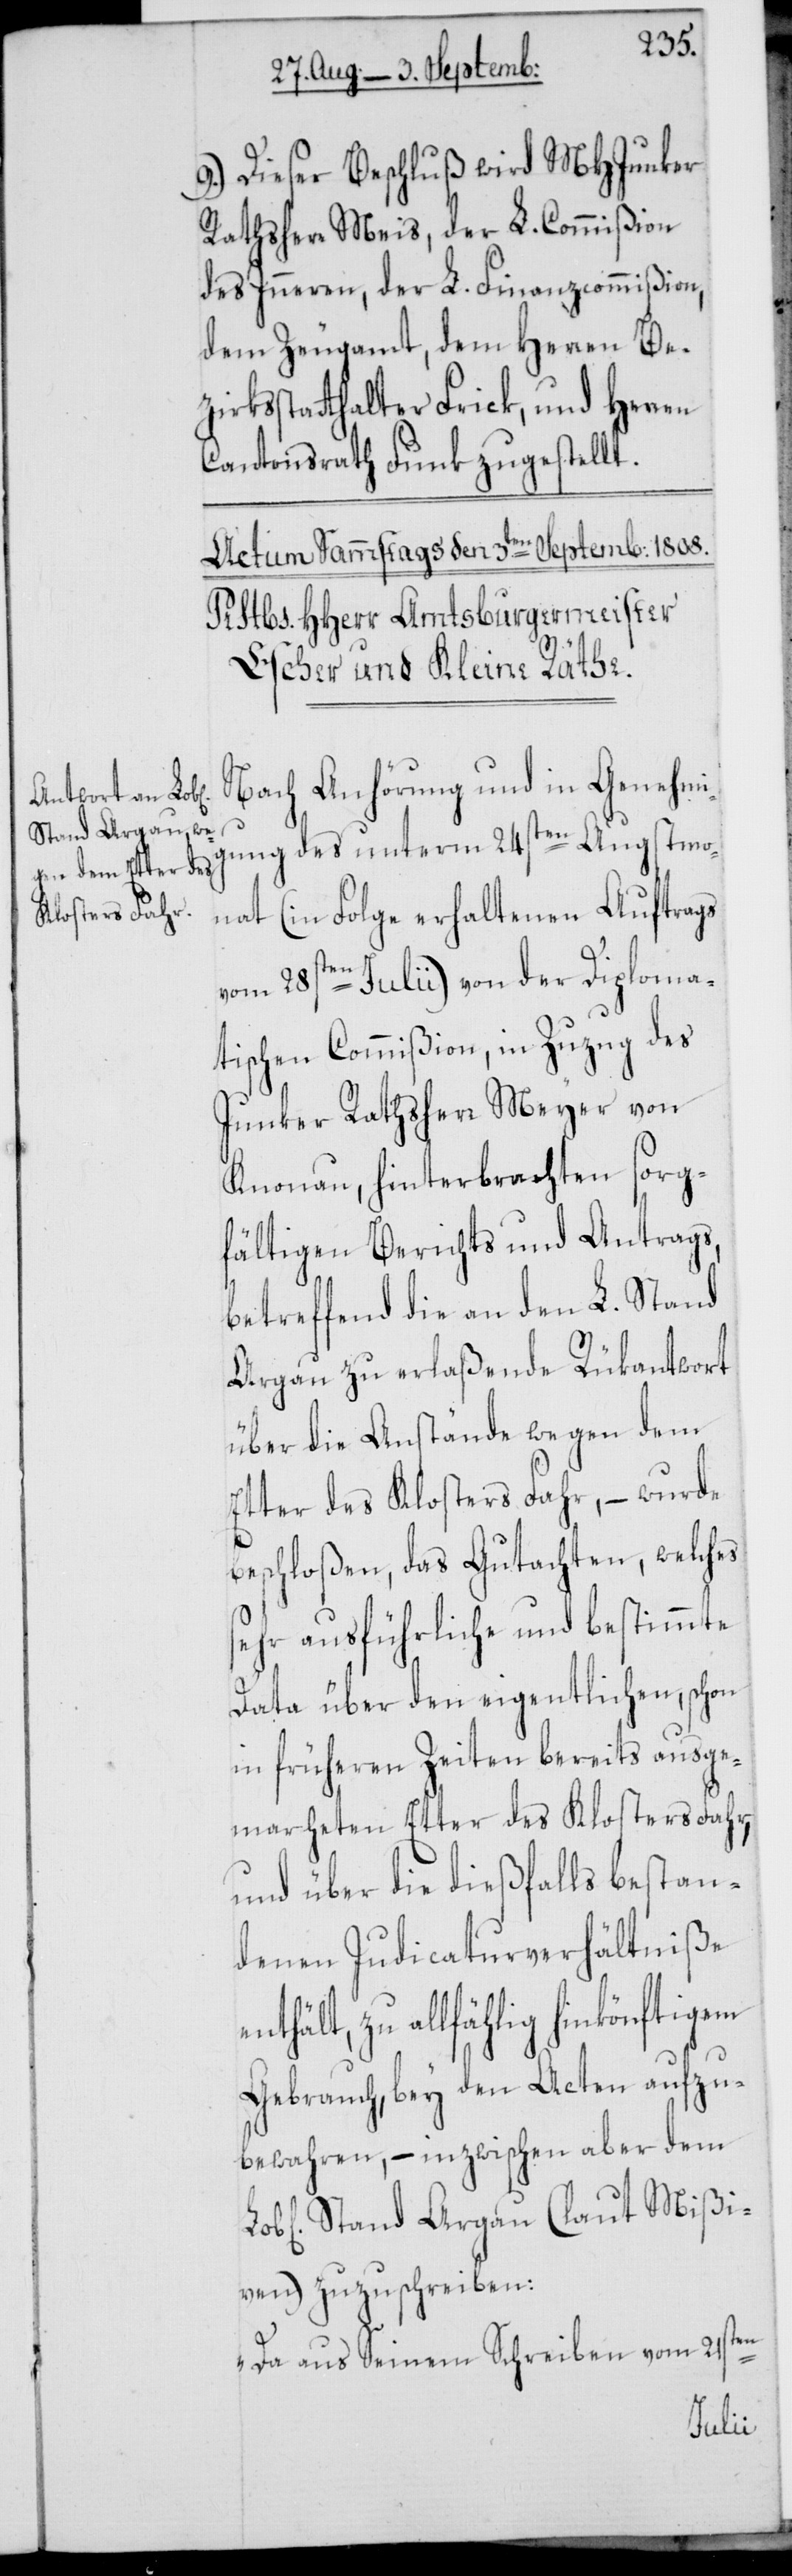
9.) Dieser Beschluß wird MHJunker
Rathsherr Meis, der L. Commißion
des Inneren, der L. Finanzcommißion,
dem Zeugamt, dem Herren Bez¬
irksstatthalter Frick, und Herren
Cantonsrath Funk zugestellt.
Nach Anhörung und in Genehmi¬
gung des unterm 24sten Augstmo¬
nat (in Folge erhaltenen Auftrags
vom 28sten Julii) von der Diploma¬
tischen Commißion, in Zuzug des
Junker Rathsherr Meyer von
Knonau, hinterbrachten sorg¬
fältigen Berichts und Antrags,
betreffend die an den L. Stand
Argau zu erlaßende Rükantwort
über die Anstände wegen dem
Etter des Klosters Fahr, – wurde
beschloßen, das Gutachten, welches
sehr ausführliche und bestimmte
Data über den eigentlichen, schon
in früheren Zeiten bereits ausge¬
marheten Etter des Klosters Fahr,
und über die dießfalls bestan¬
denen Judicaturverhältniße
nthält, zu allfählig hinkönftigem
Gebrauch, bey den Acten aufzu¬
bewahren, – inzwischen aber dem
chen] Stand Argau (laut Mißi¬
ven) zuzuschreiben:
en
„Da aus seinem Schreiben vom 21st¬
Lob[li¬